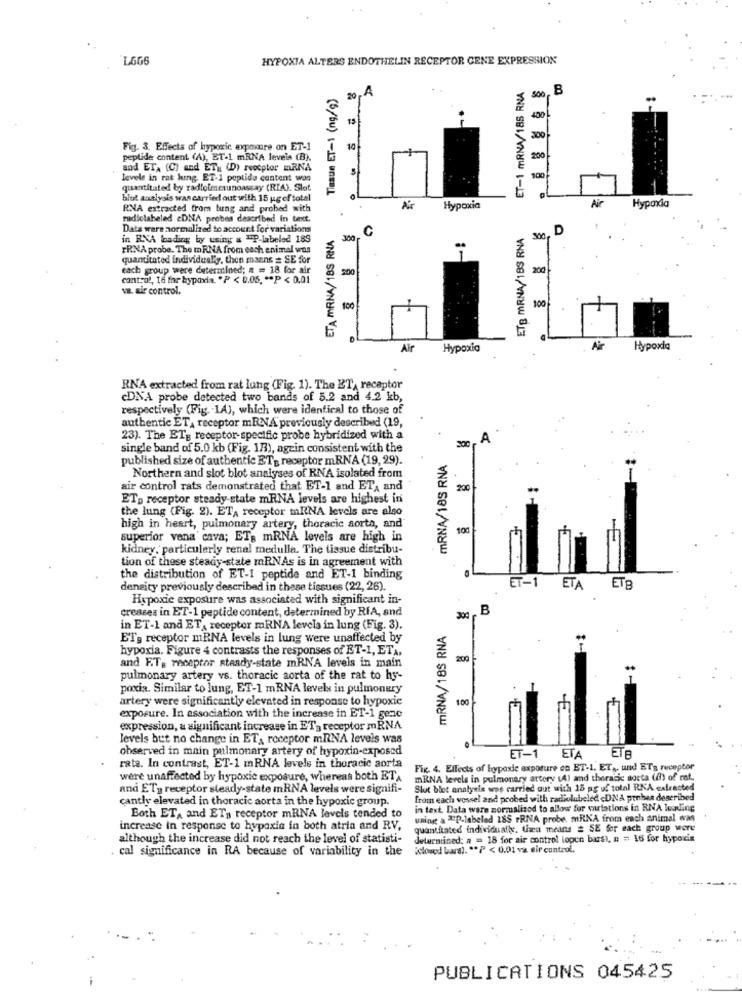
L666
HYPOXIA ALTERS ENDOTHELIN RECEPTOR GENE EXPRESSION
ET-1 mRNA/185 RNA
Tissue ET-1 (ng/g)
20, A
500
B
15
400
300
Fig. 3. Effects of hypoxic exposure on ET-1
10
peptide content (A), ET-1 mRNA levels (B).
200
and ETA (C) and ETH (D) reocptor mRNA
levels in rat lung. ET-1 peptido content was
100
quantitated by radiolmerunoassay (RIA). Slot
blot analysis was carried out with 15 ugef total
Air
Hypoxia
RNA extracted from lung and probed with
Hypoxia
radiolabeled eDNA probes described in text.
Data ware normalized to account for variations
ETA MRNA/18S RNA
C
ETB MRNA/1BS RNA
. D
in RNA loading by using & "P-labeled 189
300
300
FRNA probe. The m RNA from each enimal wos
quantitated individual'y, then maens = SE for
each group were determined; n = 18 for air
200
control, 16 far hypoxia. . P < 0.05. ** P < 0,01
v. air control.
100
.
Air
Hypoxia
Air
Hypoxia
RNA extracted from rat lung (Fig. 1). The ET, receptor
cDNA probe detected two bands of 5.2 and 4.2 kb,
respectively (Fig. - 1A), which were identical to those of
authentic ET, receptor mRNA previously described (19,
23). The ET: receptor-specific probe hybridized with a
A
single band of 5.0 kb (Fig. 183), agein consistent with the
published size of authentic ET2 receptor mRNA (19, 29).
MRNA/18S RNA
Northern and slot blot analyses of RNA isolated from
air control rats demonstrated that ET-1 and ET, and
200
ETp receptor steady-state mRNA levels are highest in
the lung (Fig. 2). ET, receptor mRNA levels are also
high in heart, pulmonary artery, thoracic aorta, and
100
superior vena cava; ET. mRNA levels are high in
kidney, particularly renal medulla. The tissue distribu-
tion of these steady-state mRNAs is in agreement with
the distribution of ET-1 peptide and ET-1 binding
density previously described in these tissues (22, 26).
ET-1 ETA ETB
Hypoxie exposure was associated with significant in-
creases in ET-1 peptide content, determined by RiA, and
.B
300
in ET-1 and ET, receptor mRNA levels in lung (Fig. 3).
MRNA/185 RNA
ETg receptor mRNA levels in lung were unaffected by
hypoxia. Figure 4 contrasts the responses of ET-1, ETA.
and ET, receptor steady-state mRNA levels in main
200
pulmonary artery vs. thoracic aorta of the rat to hy-
poxxia. Similar to lung, ET-1 mRNA levels in pulmonury
artery were significantly elevated in response to hypoxie
100
exposure. In association with the increase in ET-1 gene
expression, a significant increase in ET- receptor mRNA
levels but no change in ET, receptor mRNA levels was
observed in main pulmonary artery of hypoxin-exposed
ETA
ET-1
ETA
rate. In contrast, ET-1 mRNA levels in thoracic aorta
Fig. 4. Effects of hypoxie exposure en ET-1. ET ,, und ETs receptor
were unaffected by hypoxic exposure, whereas both ET,
mRNA levels in pulmonary attory (4) and thoracic aocta (8) of rat.
and ET receptor steady-state mRNA levels were signifi-
Slut blot analysis was carried out with 15 ag of total RNA extracted
cantly elevated in thoracic aorta in the hypoxic group.
from each vessel and probed with radiolubeled <DNA probes described
in text. Data were normalized to allow for ourtations in RNA leading
Both ET, and ETs receptor mRNA levels tended to
uning & P-labeled 185 PRNA probe. mRNA from each animal was
increase in response to hypoxia in both atria and RV.
quantitated individually. then means # SE for each group were
although the increase did not reach the level of statisti-
Jetuentined: a = 18 for air control lopen bars1, n = 16 for hypoxis
cal significance in RA because of variability in the
"closed Lars !. "P < 0.01 va eir control.
PUBLICATIONS 045425